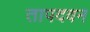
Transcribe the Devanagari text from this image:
तापदवन